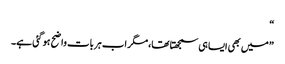
“
”میں بھی ایسا ہی سمجھتا تھا،مگر اب ہر بات واضح ہو گئی ہے۔